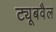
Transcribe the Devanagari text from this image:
ट्यूबवैल